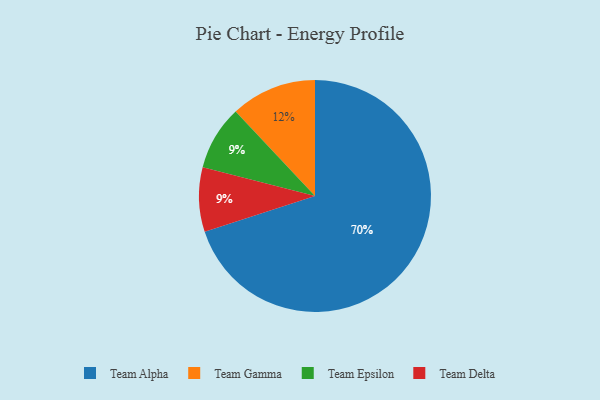
{"axis": {"x": "Category", "y": "Percentage"}, "legend": ["Team Alpha", "Team Delta", "Team Epsilon", "Team Gamma"], "data": [{"x": "Team Epsilon", "y": 9, "type": "Team Epsilon"}, {"x": "Team Gamma", "y": 12, "type": "Team Gamma"}, {"x": "Team Delta", "y": 9, "type": "Team Delta"}, {"x": "Team Alpha", "y": 70, "type": "Team Alpha"}]}